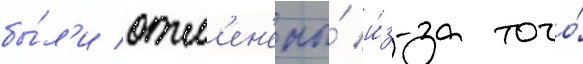
бы́л'и отм'ен'ены́ и́з-за того́